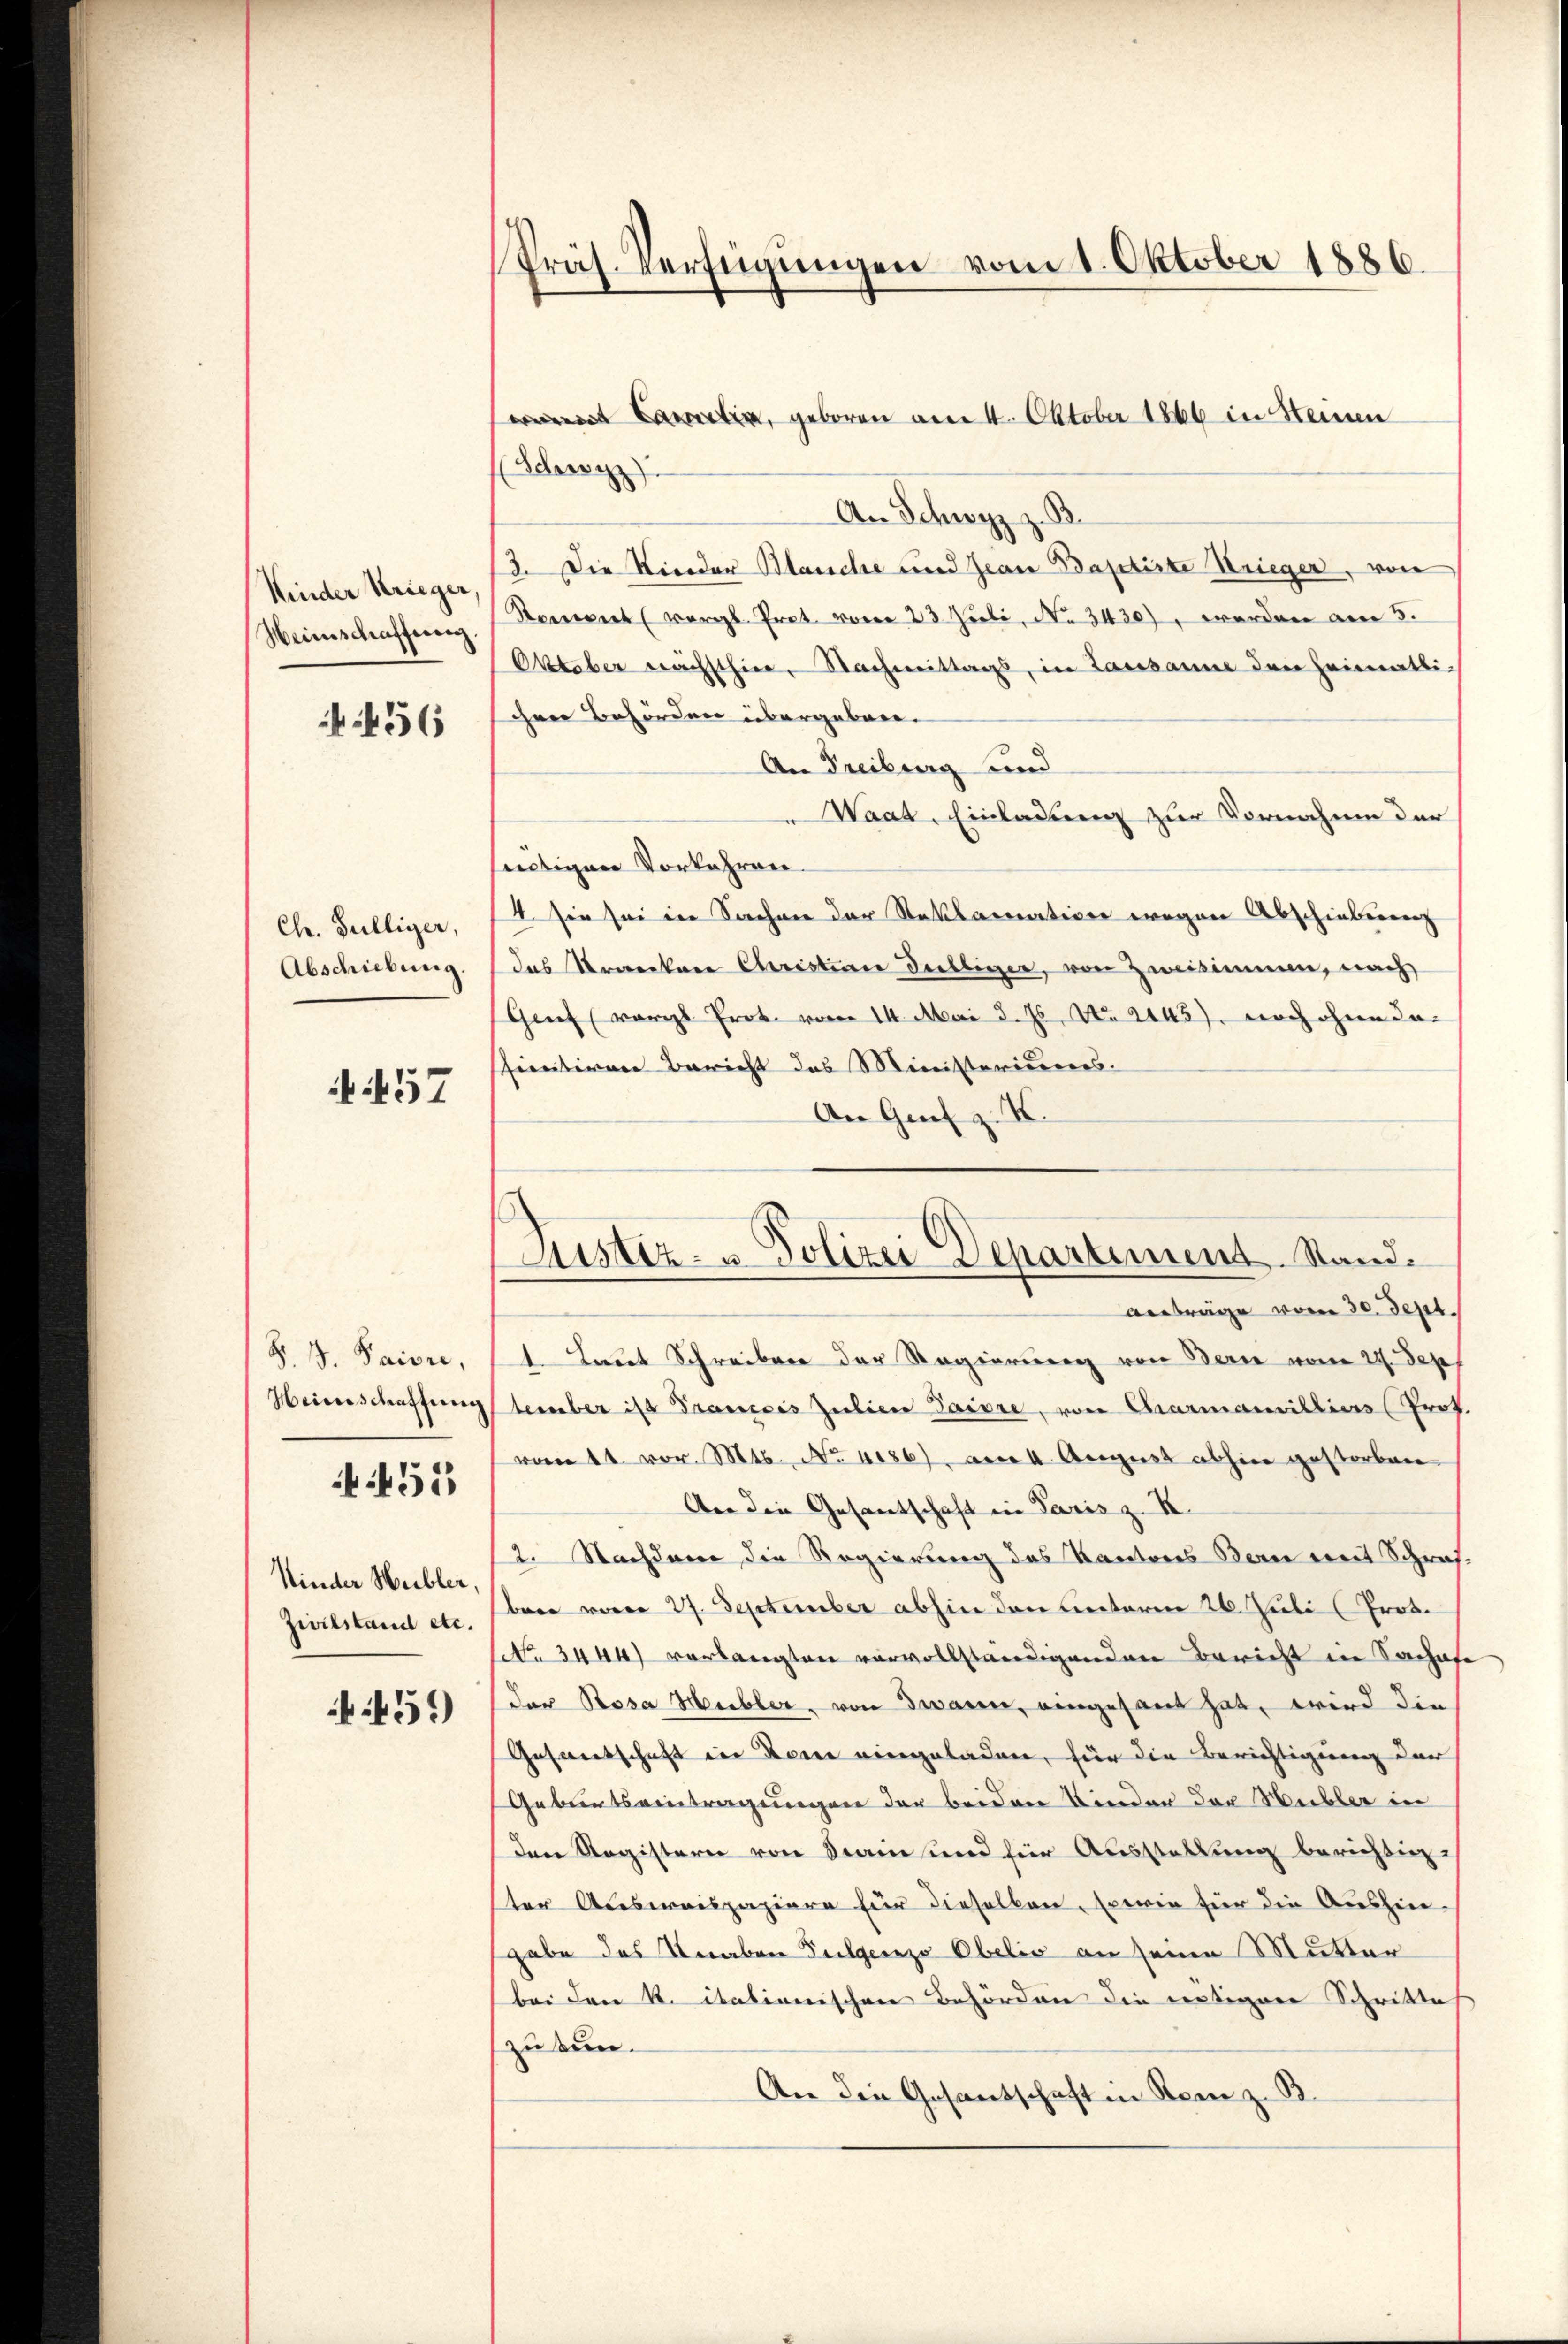
Kinder Krieger,
Heimschaffung

456

Ch. Sulliger,
Abschiebung.

N 57

S. B. Paivre,
Heinschaffung

455

Kinder Heibler,
Zivilstand etc.

459

Präs. Verfügungen vom 1. Oktober 1886.

t Carlin, geboren am 4. Oktober 1866 in Heinen

Justiz- u. Polizei Departement. Stand.

(Schwyz)
An Schwyz z. B.
3. Die Kinder Blanche und Jean Baptirte Krieger, von
Roment (vergl. Prot. vom 23. Juli, No 3430), worden am 5.
Oktober nächsthier, Nachmittags, in Lausanne den Heimatlichen Behörden übergeben.
An Freiburg und
Waat, Einladung zur Vornahme der
eitigen Vorkehren.
4 sie sei in Sachen der Reklamation wegen Abschiebenen
das Kranker Christione delliger, von Zweisimmen, nach
Genf (vergl Prot. vom 14. Mai d. Js. No. 2445), noch ohne dafinitiven Bericht das Ministeriums.
An Grif z. K.
Anträge vom 30. Sept.
1 Laut Schreiben der Regierung von Bern vom 27. Sept
tember ist Prancis Julier Taire, von Charmanilliers (Prof.
von 11. vor. Mts. No 4086), am 4. August abhin gestorben
Aer die Gesantschaft in Paris z. B.
2. Nachdem die Regierung des Kantons Bern mit Schraf-
bare vom 27. September abhin den unterm 26. Juli (Prot.
NNo. 3444) verlangten vervollständigenden Bericht in Sachofe
Der Rosa Hubler, von Twann, eingesant hat, wird die
Guseentschaft in Sonne eingeladen, für die Berichtigung der
Geburtseintragungen der beiden Kinder der Hebler in
den Registern von Stain und für Ausstellung berichtigster Ausweispapiere für dieselben, sowie für die Aushingabe des Knaben Fulgenzo Obelis an seine Mutter
bei den R. itationischen Behörden die nötigen Schrittet
zu tun.
An die Gesantschaft in Rom z. B.